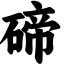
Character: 碲